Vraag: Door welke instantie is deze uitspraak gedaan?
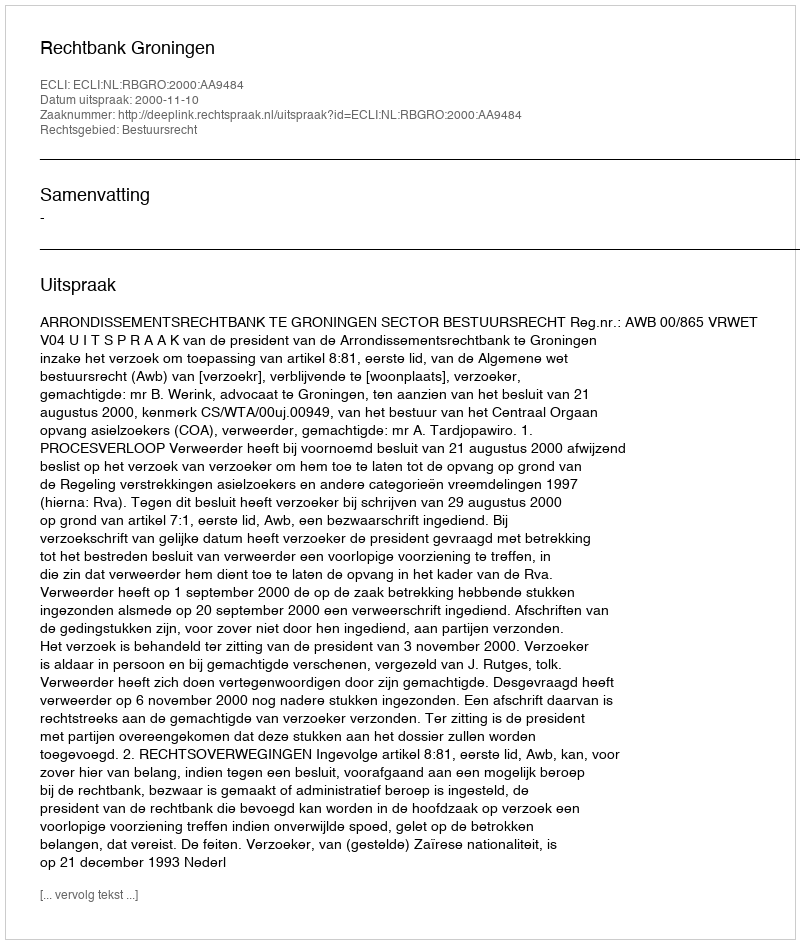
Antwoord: Rechtbank Groningen